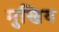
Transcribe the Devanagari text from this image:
मुखिय